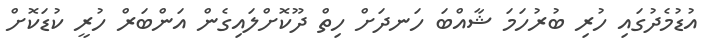
އުޑުމެދުގައި ހުރި ބުރުހަމަ ޝާއްބަ ހަނދަށް ހިތް ދޫކޮށްލައިގެން އަންބަރް ހުރީ ކުޑަކޮށް